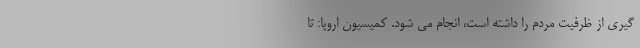
گیری از ظرفیت مردم را داشته است، انجام می شود. کمیسیون اروپا: تا